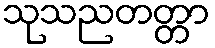
သုသညတတ္တာ